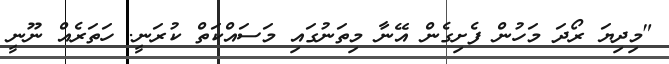
"މިދިޔަ ރޯދަ މަހުން ފެށިގެން އޭނާ މިތަނުގައި މަސައްކަތް ކުރަނީ. ހަތަރެއް ނޫނީ